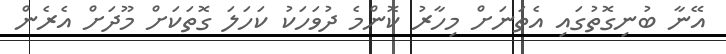
އޭނާ ބުނިގޮތުގައި އެތަނަށް މިހާރު ކޮންމެ ދުވަހަކު ކަހަލަ ގޮތަކަށް މޫދަށް އެރެން